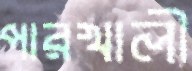
পারখালী